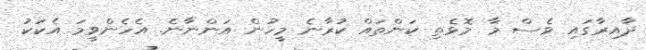
ދާއިރާގައި ވެސް މާ މޮޅެތި ކަންތައް ކުރާނެ މީހުން އަންނާނެ. އެހެންވީމަ އެކަކު